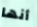
أنها